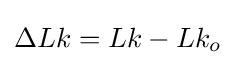
\Delta Lk=Lk-Lk_{o}